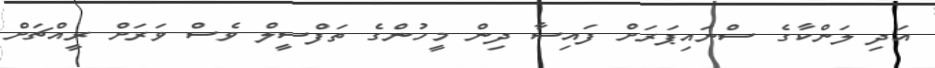
އަދި ލަންކާގެ ސްނައިޕަރަށް ފައިސާ ދިން މީހުންގެ ތަފްސީލް ވެސް ވަރަށް ރީއްޗަށް